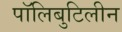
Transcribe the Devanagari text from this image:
पॉलिबुटिलीन